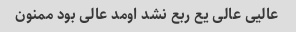
عالیی عالی یع ربع نشد اومد عالی بود ممنون